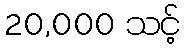
20,000 သင့်